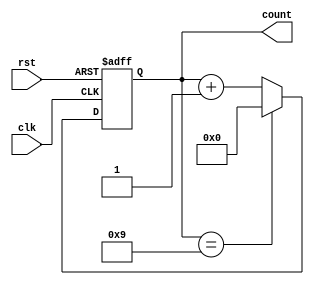
module BCD_Counter (
    input wire clk,       // Clock signal
    input wire rst,       // Reset signal
    output reg [3:0] count // 4-bit output representing the current count
);

// Always block triggered on the rising edge of the clock or when reset is asserted
always @(posedge clk or posedge rst) begin
    if (rst) begin
        // Asynchronous reset to 0
        count <= 4'b0000;
    end else begin
        // Increment the count
        if (count == 4'b1001) begin
            count <= 4'b0000; // Roll over to 0 after 9
        end else begin
            count <= count + 1; // Increment the count
        end
    end
end

endmodule